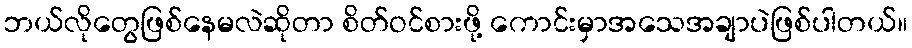
ဘယ်လိုတွေဖြစ်နေမလဲဆိုတာ စိတ်ဝင်စားဖို့ ကောင်းမှာအသေအချာပဲဖြစ်ပါတယ်။